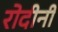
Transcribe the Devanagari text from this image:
रोदीनी